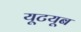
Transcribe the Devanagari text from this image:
यूटयूब